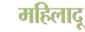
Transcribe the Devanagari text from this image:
महिलादू